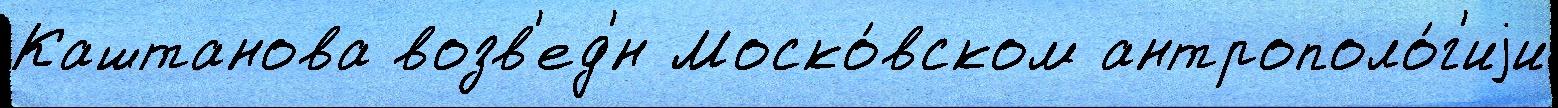
Каштанова возв'ед'́н Моско́вском антрополо́г'иjи